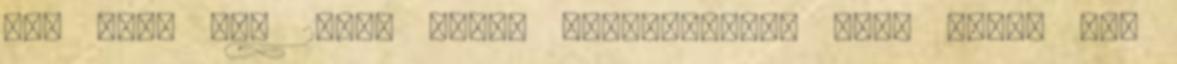
egy vagy két 25-ös körte „világított” meg. Akkor már